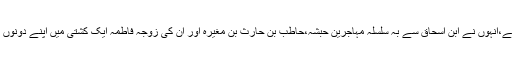
ابو جعفر نے باسنادہ یونس سے،انہوں نے ابنِ اسحاق سے بہ سلسلۂ مہاجرین حبشہ،حاطب بن حارث بن مغیرہ اور ان کی زوجہ فاطمہ ایک کشتی میں اپنے دونوں بیٹوں کے ساتھ مدینے آگئیں۔